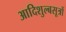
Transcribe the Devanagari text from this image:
आदिशुल्बसूत्रों